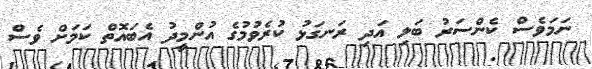
ނަމަވެސް ކެންސަރު ބަލި އަދި ރަނގަޅު ކުރެވުމުގެ އުންމީދު އެބައޮތް ކަމަށް ވެސް